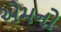
એમનો